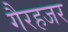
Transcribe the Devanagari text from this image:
गैरहजर